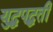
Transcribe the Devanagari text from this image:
युद्धपद्धती